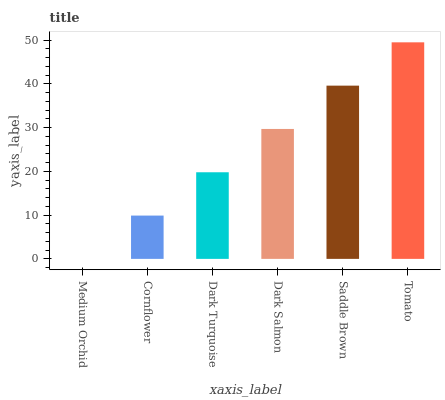
| xaxis_label | bars |
 | --- | --- |
 | Medium Orchid | 0 |
 | Cornflower | 9.9 |
 | Dark Turquoise | 19.8 |
 | Dark Salmon | 29.7 |
 | Saddle Brown | 39.6 |
 | Tomato | 49.5 |